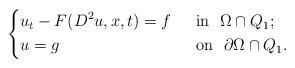
LaTeX: \begin{align*}\left\{\begin{aligned}&u_t-F(D^2u,x,t)=f&& ~~\mbox{in}~~\Omega\cap Q_1;\\&u=g&& ~~\mbox{on}~~\partial \Omega \cap Q_1.\end{aligned}\right.\end{align*}